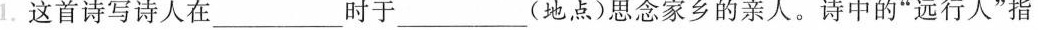
1.这首诗写诗人在___时于___(地点)思念家乡的亲人。诗中的”远行人”指